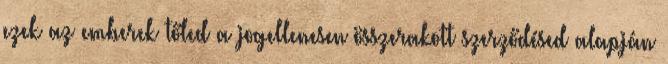
ezek az emberek tőled a jogellenesen összerakott szerződésed alapján